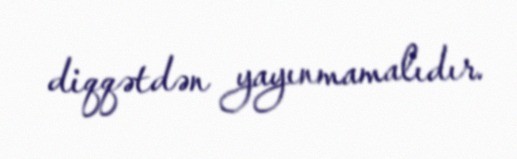
diqqətdən yayınmamalıdır.